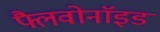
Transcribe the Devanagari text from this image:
फ्लैवोनाॅइड